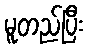
မူတည်ပြီး